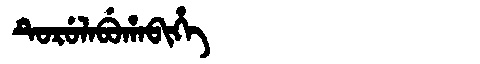
Manchu: ᡨᡠᡵᡠᠯᠠᠪᡠᡥᠠᠪᡳᡥᡝ
Romanization: TURULABUHABIHE